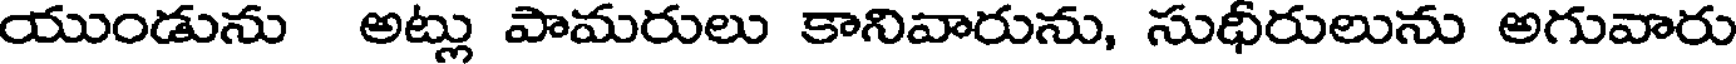
యుండును అట్లు పామరులు కానివారును, సుధీరులును అగువారు